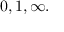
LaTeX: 0 , 1 , \infty .